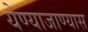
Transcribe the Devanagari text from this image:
येण्याजाण्यास